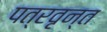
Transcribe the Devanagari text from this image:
पत्रवृन्त